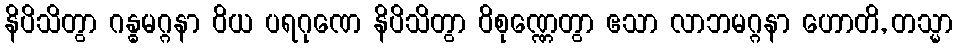
နိပိသိတွာ ဂန္ဓမဂ္ဂနာ ဝိယ ပရဂုဏေ နိပိသိတွာ ဝိစုဏ္ဏေတွာ ဧသာ လာဘမဂ္ဂနာ ဟောတိ, တသ္မာ